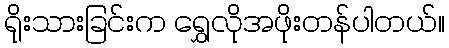
ရိုးသားခြင်းက ရွှေလိုအဖိုးတန်ပါတယ်။